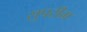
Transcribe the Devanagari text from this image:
सुपरीम